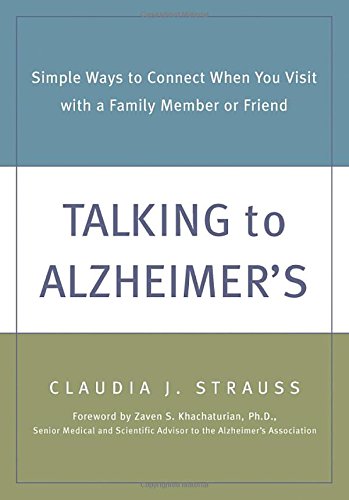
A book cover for Talking to Alzheimer's: Simple Ways to Connect When You Visit with a Family Member or Friend; Claudia J. Strauss; Parenting & Relationships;